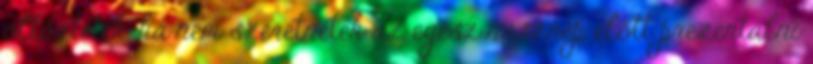
öltöztetek, ha nem szeretnétek az egész násznép előtt prezentálni